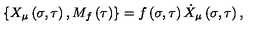
\left\{ X _ { \mu } \left( \sigma , \tau \right) , M _ { f } \left( \tau \right) \right\} = f \left( \sigma , \tau \right) \dot { X } _ { \mu } \left( \sigma , \tau \right) ,